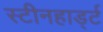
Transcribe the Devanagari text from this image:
स्टीनहार्ड्ट